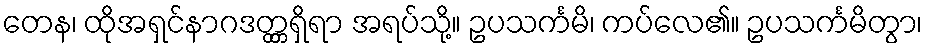
တေန၊ ထိုအရှင်နာဂဒတ္တ္တရှိရာ အရပ်သို့။ ဥပသင်္ကမိ၊ ကပ်လေ၏။ ဥပသင်္ကမိတွာ၊